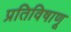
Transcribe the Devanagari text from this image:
प्रतिविषाणू